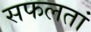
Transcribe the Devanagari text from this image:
सफलतां